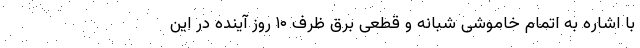
با اشاره به اتمام خاموشی شبانه و قطعی برق ظرف ۱۰ روز آینده در این